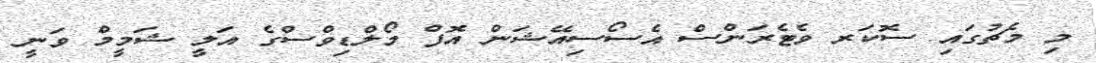
މި މެޗުގައި ސޮކަރ ވެޓެރަންސް އެސޯސިއޭޝަން އޮފް މޯލްޑިވްސްގެ އަލީ ޝަމީމް ވަނީ